Report of the Indian Hemp Drugs Commission, 1894-1895 - Volume VI
Year: 1894
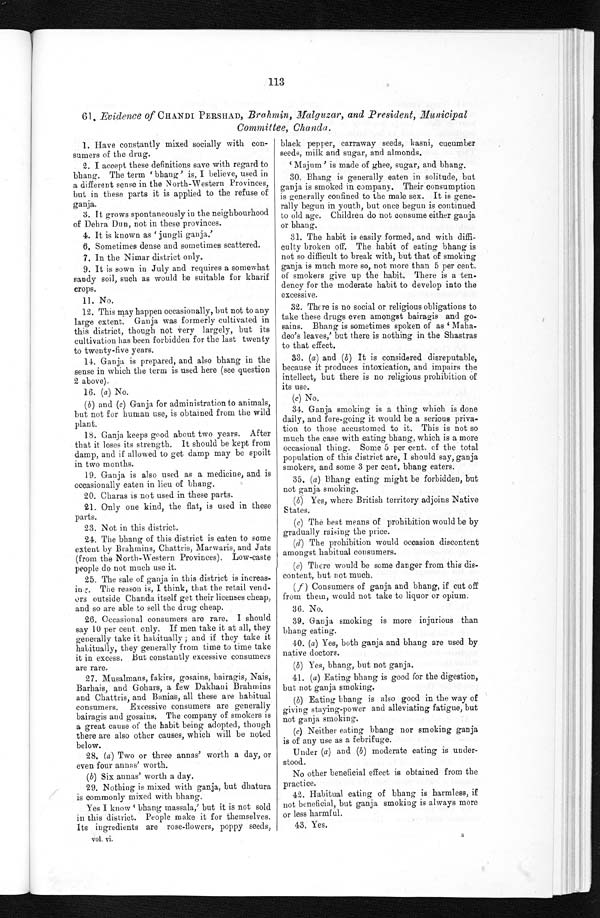
113
61. Evidence of CHANDI PERSHAD, Brahmin, Malguzar, and President, Municipal
Committee, Chanda.
1. Have constantly mixed socially with con
-sumers of the drug.
2. I accept these definitions save with regard to
bhang. The t erm ' bhang' i s, I bel i eve, used i n
a different sense in the North-Western Provinces,
but in these parts it is applied to the refuse of
ganja.
3. It grows spontaneously in the neighbourhood
of Dehra Dun, not in these provinces.
4. It is known as 'jungli ganja.'
6. Sometimes dense and sometimes scattered.
7. In the Nimar district only.
9. It is sown in July and requires somewhat
sandy soil, such as would be suitable for kharif
crops.
11. No.
12. This may happen occasionally, but not to any
large extent. Ganja was formerly cultivated in
this district, though not very largely, but its
cultivation has been forbidden for the last twenty
to twenty-five years.
14. Ganja is prepared, and also bhang in the
sense in which the term is used here (see question
2 above).
16. (a ) No.
( b) and (c) Ganja for administration to animals,
but not for human use, is obtained from the wild
plant.
18. Ganja keeps good about two years. After
that it loses its strength. It should be kept from
damp, and if allowed to get damp may be spoilt
in two months.
19. Ganja is also used as a medicine, and is
occasionally eaten in lieu of bhang.
20. Charas is not used in these parts.
21. Only one kind, the flat, is used in these
parts.
23. Not in this district.
24. The bhang of this district is eaten to some
extent by Brahmins, Chattris, Marwaris, and Jats
(from the North-Western Provinces). Low-caste
people do not much use it.
25. The sale of ganja in this district is increas
-ing. The reason is, I think, that the retail vend
-ors outside Chanda itself get their licenses cheap,
and so are able to sell the drug cheap.
26. Occasional consumers are rare. I should
say 10 per cent. only. If men take it at all, they
generally take it habitually; and if they take it
habitually, they generally from time to time take
it in excess. But constantly excessive consumers
are rare.
27. Musalmans, fakirs, gosains, bairagis, Nais,
Barhais, and Gohars, a few Dakhani Brahmins
and Chattris, and Banias, all these are habitual
consumers. Excessive consumers are generally
bairagis and gosains. The company of smokers is
a great cause of the habit being adopted thoug
h t h e r e a r e a l s o o t h e r c a u s e s , w h i c h w i l l b e n o t e d
below.
28. (a) Two or three annas' worth a day, or
even four annas' worth.
(b) Six annas' worth a day.
29. Nothing is mixed with ganja, but dhatura
is commonly mixed with bhang.
Ye s I know ' bha ng ma s s a l a , ' but i t i s not s ol d
in this district. People make it for themselves.
Its ingredients are rose-flowers, poppy seeds
,
black pepper, carraway seeds, kasni, cucumber
seeds, milk and sugar, and almonds,
'Majum' is made of ghee, sugar, and bhang.
30. Bhang is generally eaten in solitude, but
ganja is smoked in company. Their consumption
is generally confined to the male sex. It is gene
-rally begun in youth, but once begun is continued
to old age. Children do not consume either ganja
or bhang.
31. The habit is easily formed, and with diffi
-culty broken off. The habit of eating bhang is
not so difficult to break with, but that of smoking
ganja is much more so, not more than 5 per cent.
of smokers give up the habit. There is a ten
-dency for the moderate habit to develop into the
excessive.
32. There is no social or religious obligations to
take these drugs even amongst bairagis and go
-sains. Bhang is sometimes spoken of as 'Maha
-deo's leaves,' but there is nothing in the Shastras
to that effect.
33. (a) and (b) It is considered disreputable,
because it produces intoxication, and impairs the
intellect, but there is no religious prohibition of
its use.
(c) No.
34. Ganja smoking is a thing which is done
daily, and fore-going it would be a serious priva
-tion to those accustomed to it. This is not so
much the case with eating bhang, which is a more
occasional thing. Some 5 per cent. of the total
population of this district are, I should say, ganja
smokers, and some 3 per cent. bhang eaters.
35. (a ) Bhang eating might be forbidden, but
not ganja smoking.
(b) Yes, where British territory adjoins Native
States.
(c) The best means of prohibition would be by
gradually raising the price.
(d) The prohibition would occasion discontent
amongst habitual consumers.
(e) There would be some danger from this dis
-content, but not much.
(f) Consumers of ganja and bhang, if cut off
from them, would not take to liquor or opium.
36. No.
39. Ganja smoking is more injurious than
bhang eating.
40. (a) Yes, both ganja and bhang are used by
native doctors.
(b) Yes, bhang, but not ganja.
41. (a) Eating bhang is good for the digestion,
but not ganja smoking.
(b) Eating bhang is also good in the way of
giving staying-power and alleviating fatigue, but
not ganja smoking.
(c) Neither eating bhang nor smoking ganja
is of any use as a febrifuge.
Under (a) and (b) moderate eating is under-
stood
No other beneficial effect is obtained from the
practice.
42. Habitual eating of bhang is harmless, if
not beneficial, but ganja smoking is always more
or less harmful.
43. Yes.